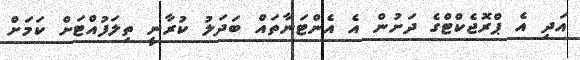
އަދި އެ ޕްރޮޖެކްޓްގެ ދަށުން އެ އެންޓަނާތައް ބަދަލު ކުރާނީ ތިލަފުއްޓަށް ކަމަށް